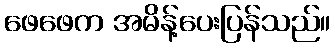
ဖေဖေက အမိန့်ပေးပြန်သည်။